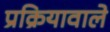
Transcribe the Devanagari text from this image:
प्रक्रियावाले